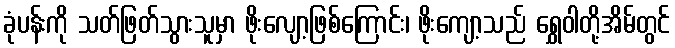
ခုံပန်းကို သတ်ဖြတ်သွားသူမှာ ဖိုးလျော့ဖြစ်ကြောင်း၊ ဖိုးကျော့သည် ရွှေဝါတို့အိမ်တွင်